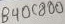
Text: B40C800